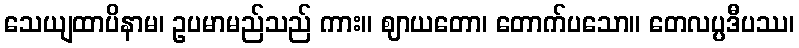
သေယျထာပိနာမ၊ ဥပမာမည်သည် ကား။ ဈာယတော၊ တောက်ပသော။ တေလပ္ပဒီပဿ၊